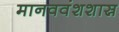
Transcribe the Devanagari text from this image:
मानववंशशास्र